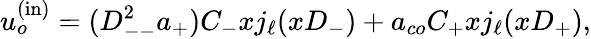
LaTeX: u_{o}^{\mathrm{(in)}}=(D_{--}^{2}a_{+})C_{-}xj_{\ell}(xD_{-})+a_{co}C_{+}xj_{\ell}(xD_{+}),